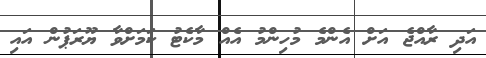
އަދި ރާއްޖެ އަށް އެންމެ މުހިންމު އެއް މާކެޓު ކަމަށްވާ ޔޫރަޕުން އައި